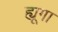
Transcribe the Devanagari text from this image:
ह्यूगा